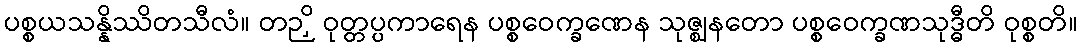
ပစ္စယသန္နိဿိတသီလံ။ တဉှိ ဝုတ္တပ္ပကာရေန ပစ္စဝေက္ခဏေန သုဇ္ဈနတော ပစ္စဝေက္ခဏသုဒ္ဓီတိ ဝုစ္စတိ။